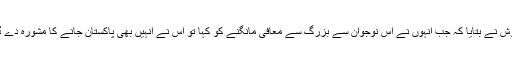
سنتوش نے بتایا کہ جب انہوں نے اس نوجوان سے بزرگ سے معافی مانگنے کو کہا تو اس نے انہیں بھی پاکستان جانے کا مشورہ دے ڈالا ۔